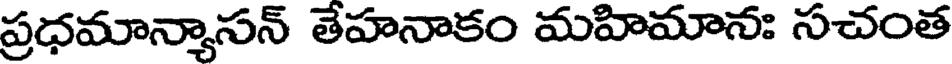
ప్రధమాన్యాసన్ తేహనాకం మహిమానః సచంత